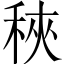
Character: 𥞵